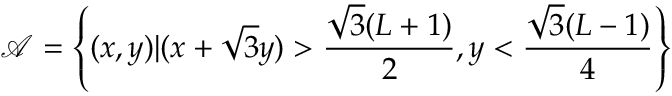
\mathcal { A } = \left\{ ( x , y ) | ( x + \sqrt { 3 } y ) > \frac { \sqrt { 3 } ( L + 1 ) } { 2 } , y < \frac { \sqrt { 3 } ( L - 1 ) } { 4 } \right\}